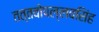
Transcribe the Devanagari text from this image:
तत्तवोपल्लवसिंह